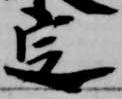
定